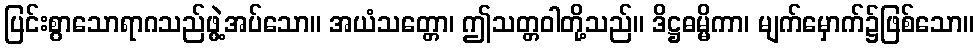
ပြင်းစွာသောရာဂသည်ဖွဲ့အပ်သော။ အယံသတ္တော၊ ဤသတ္တဝါတို့သည်။ ဒိဋ္ဌဓမ္မိကာ၊ မျက်မှောက်၌ဖြစ်သော။